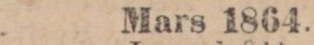
Mars 1864.